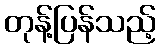
တုန့်ပြန်သည့်